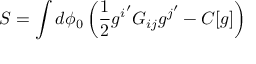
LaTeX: { \cal S } = \int d \phi _ { 0 } \left( \frac { 1 } { 2 } { g ^ { i } } ^ { \prime } { \cal G } _ { i j } { g ^ { j } } ^ { \prime } - C [ g ] \right)